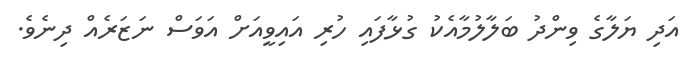
އަދި ޔަލާގެ ވިންދު ބަލާލުމާއެކު ގުޅާފައި ހުރި އައިވީއަށް އަވަސް ނަޒަރެއް ދިނެވެ.